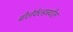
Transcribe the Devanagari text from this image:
बीलेफेल्डमधील